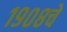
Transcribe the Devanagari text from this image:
१९०८चे